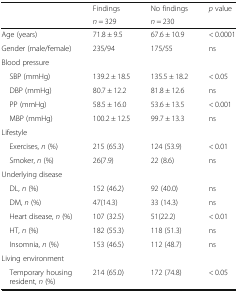
<table><thead><tr><td rowspan="2"></td><td><b>Findings</b></td><td><b>No findings</b></td><td rowspan="2"><b><i>p</i> value</b></td></tr><tr><td><b><i>n</i> = 329</b></td><td><b><i>n</i> = 230</b></td></tr></thead><tbody><tr><td>Age (years)</td><td>71.8 ± 9.5</td><td>67.6 ± 10.9</td><td>&lt; 0.0001</td></tr><tr><td>Gender (male/female)</td><td>235/94</td><td>175/55</td><td>ns</td></tr><tr><td colspan="4">Blood pressure</td></tr><tr><td> SBP (mmHg)</td><td>139.2 ± 18.5</td><td>135.5 ± 18.2</td><td>&lt; 0.05</td></tr><tr><td> DBP (mmHg)</td><td>80.7 ± 12.2</td><td>81.8 ± 12.6</td><td>ns</td></tr><tr><td> PP (mmHg)</td><td>58.5 ± 16.0</td><td>53.6 ± 13.5</td><td>&lt; 0.001</td></tr><tr><td> MBP (mmHg)</td><td>100.2 ± 12.5</td><td>99.7 ± 13.3</td><td>ns</td></tr><tr><td colspan="4">Lifestyle</td></tr><tr><td> Exercises, <i>n</i> (%)</td><td>215 (65.3)</td><td>124 (53.9)</td><td>&lt; 0.01</td></tr><tr><td> Smoker, <i>n</i> (%)</td><td>26(7.9)</td><td>22 (8.6)</td><td>ns</td></tr><tr><td colspan="4">Underlying disease</td></tr><tr><td> DL, <i>n</i> (%)</td><td>152 (46.2)</td><td>92 (40.0)</td><td>ns</td></tr><tr><td> DM, <i>n</i> (%)</td><td>47(14.3)</td><td>33 (14.3)</td><td>ns</td></tr><tr><td> Heart disease, <i>n</i> (%)</td><td>107 (32.5)</td><td>51(22.2)</td><td>&lt; 0.01</td></tr><tr><td> HT, <i>n</i> (%)</td><td>182 (55.3)</td><td>118 (51.3)</td><td>ns</td></tr><tr><td> Insomnia, <i>n</i> (%)</td><td>153 (46.5)</td><td>112 (48.7)</td><td>ns</td></tr><tr><td colspan="4">Living environment</td></tr><tr><td> Temporary housing resident, <i>n</i> (%)</td><td>214 (65.0)</td><td>172 (74.8)</td><td>&lt; 0.05</td></tr></tbody></table>